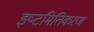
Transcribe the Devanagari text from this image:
इष्‍टमितिकरण